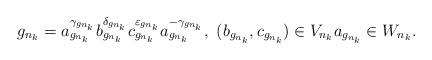
LaTeX: \begin{align*}g_{n_k}=a_{g_{n_k}}^{\gamma_{g_{n_k}}}b_{g_{n_k}}^{\delta_{g_{n_k}}}c_{g_{n_k}}^{\varepsilon_{g_{n_k}}}a_{g_{n_k}}^{-\gamma_{g_{n_k}}}, \ (b_{g_{n_k}}, c_{g_{n_k}})\in V_{n_k} a_{g_{n_k}}\in W_{n_k}. \end{align*}